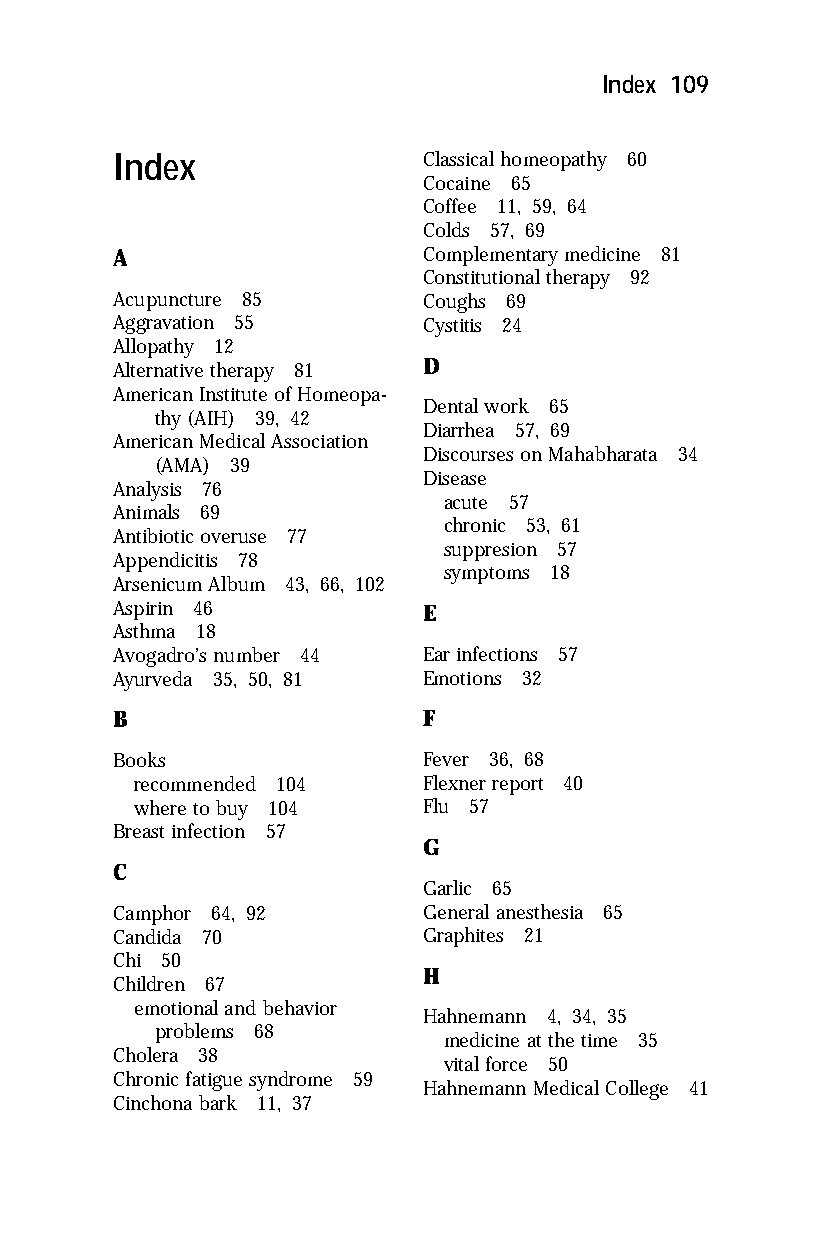
Index 109
 Index                Classical homeopathy 60
 Cocaine 65
 Coffee 11, 59, 64
 Colds 57, 69
 A                    Complementary medicine 81
 Constitutional therapy 92
 Acupuncture 85       Coughs 69
 Aggravation 55       Cystitis 24
 Allopathy 12
 Alternative therapy 81 D
 American Institute of Homeopa-
 Dental work 65
 thy (AIH) 39, 42
 Diarrhea 57, 69
 American Medical Association
 Discourses on Mahabharata 34
 (AMA) 39
 Disease
 Analysis 76
 acute 57
 Animals 69
 chronic 53, 61
 Antibiotic overuse 77
 suppresion 57
 Appendicitis 78
 symptoms 18
 Arsenicum Album 43, 66, 102
 Aspirin 46           E
 Asthma 18
 Avogadro’s number 44 Ear infections 57
 Ayurveda 35, 50, 81  Emotions 32
 B                    F
 Books                Fever 36, 68
 recommended 104    Flexner report 40
 where to buy 104   Flu 57
 Breast infection 57
 G
 C
 Garlic 65
 Camphor 64, 92       General anesthesia 65
 Candida 70           Graphites 21
 Chi 50
 H
 Children 67
 emotional and behavior
 Hahnemann 4, 34, 35
 problems 68
 medicine at the time 35
 Cholera 38
 vital force 50
 Chronic fatigue syndrome 59
 Hahnemann Medical College 41
 Cinchona bark 11, 37